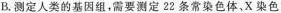
B.测定人类的基因组，需要测定22条常染色体，X染色